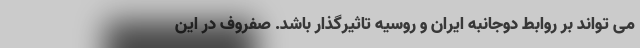
می تواند بر روابط دوجانبه ایران و روسیه تاثیرگذار باشد. صفروف در این